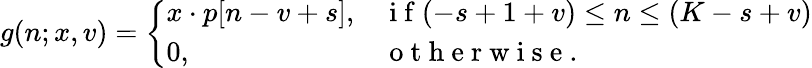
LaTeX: g(n;x,v)=\left\{ \begin{array}{ll}{x\cdot p[n-v+s],}&{\mathrm{~i~f~}(-s+1+v)\leq n\leq(K-s+v)}\\ {0,}&{\mathrm{~o~t~h~e~r~w~i~s~e~.~}}\end{array}\right.